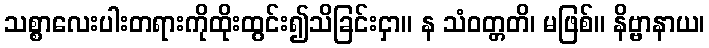
သစ္စာလေးပါးတရားကိုထိုးထွင်း၍သိခြင်းငှာ။ န သံဝတ္တတိ၊ မဖြစ်။ နိဗ္ဗာနာယ၊